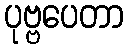
ပုဗ္ဗပေတာ